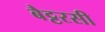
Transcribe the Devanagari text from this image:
बैट्टरसी